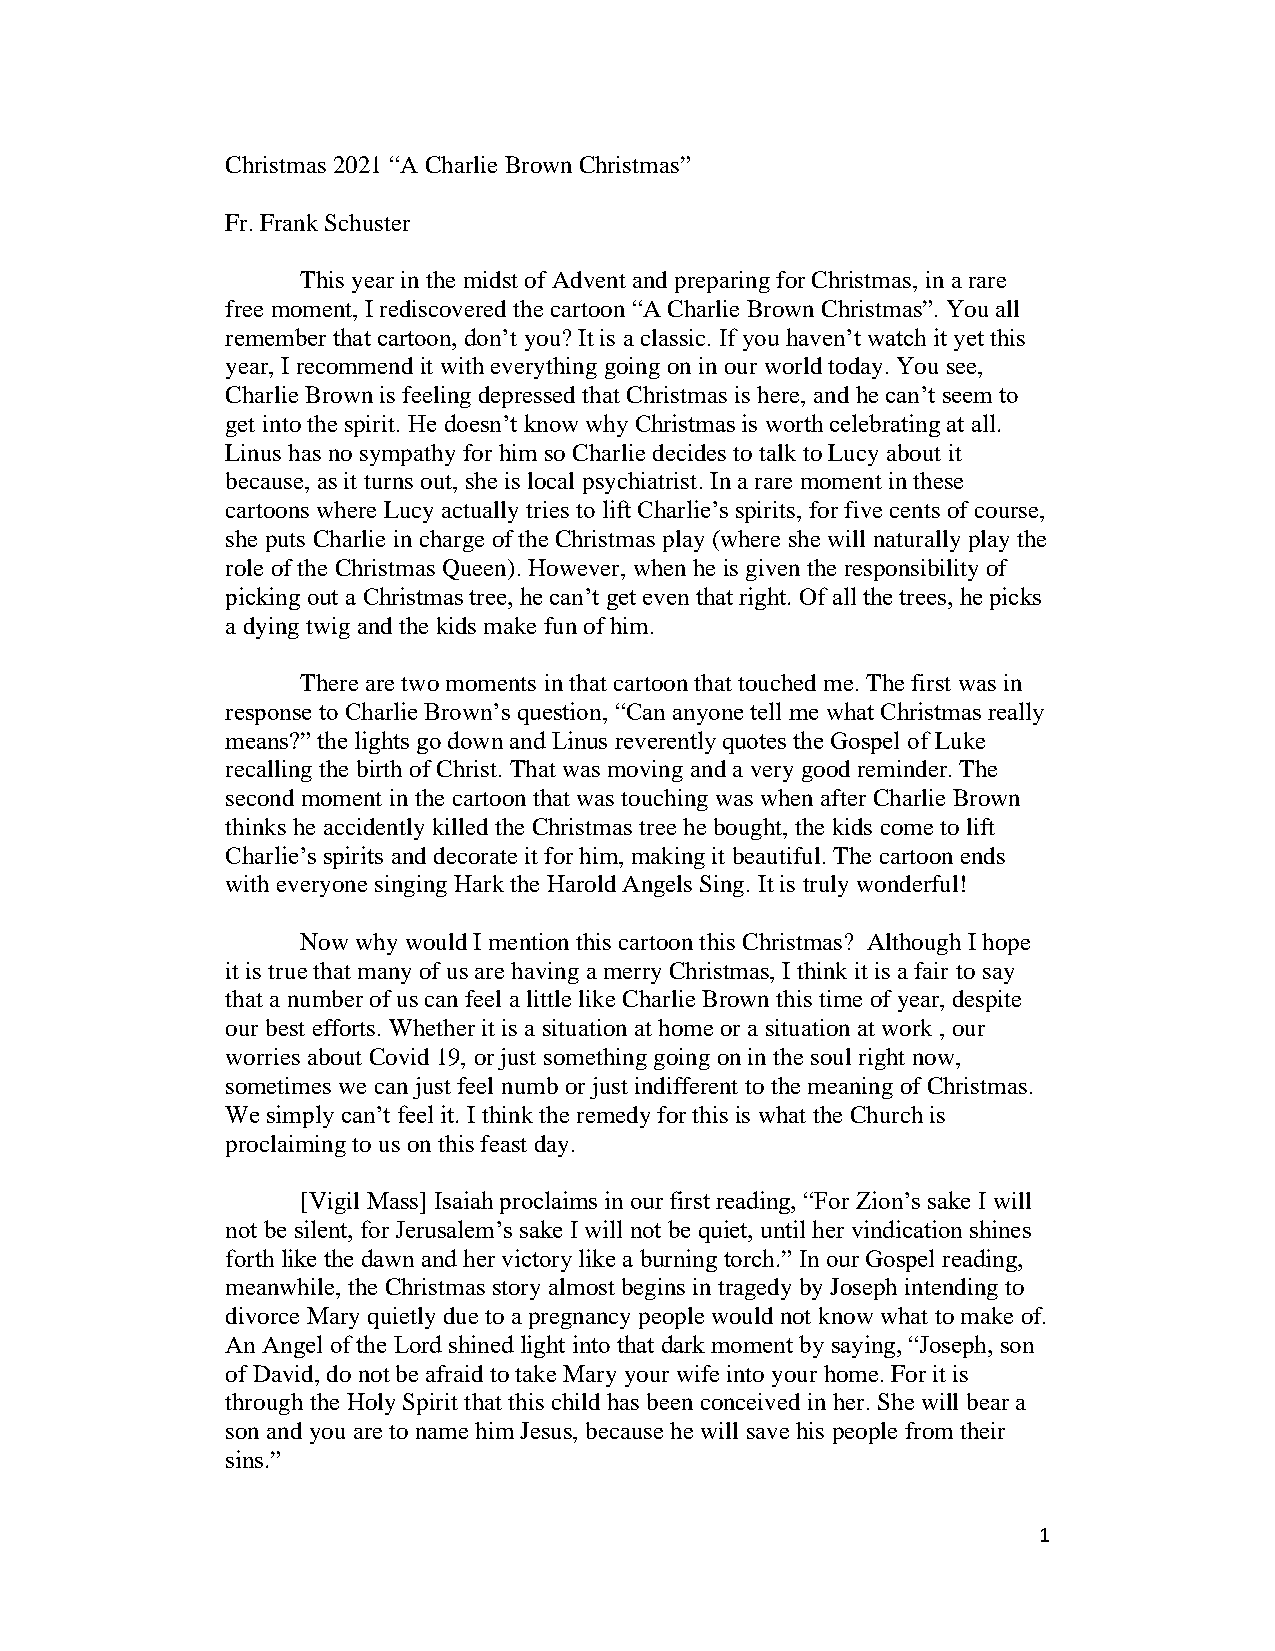
Christmas 2021 “A Charlie Brown Christmas”
 Fr. Frank Schuster
 This year in the midst of Advent and preparing for Christmas, in a rare
 free moment, I rediscovered the cartoon “A Charlie Brown Christmas”. You all
 remember that cartoon, don’t you? It is a classic. If you haven’t watch it yet this
 year, I recommend it with everything going on in our world today. You see,
 Charlie Brown is feeling depressed that Christmas is here, and he can’t seem to
 get into the spirit. He doesn’t know why Christmas is worth celebrating at all.
 Linus has no sympathy for him so Charlie decides to talk to Lucy about it
 because, as it turns out, she is local psychiatrist. In a rare moment in these
 cartoons where Lucy actually tries to lift Charlie’s spirits, for five cents of course,
 she puts Charlie in charge of the Christmas play (where she will naturally play the
 role of the Christmas Queen). However, when he is given the responsibility of
 picking out a Christmas tree, he can’t get even that right. Of all the trees, he picks
 a dying twig and the kids make fun of him.
 There are two moments in that cartoon that touched me. The first was in
 response to Charlie Brown’s question, “Can anyone tell me what Christmas really
 means?” the lights go down and Linus reverently quotes the Gospel of Luke
 recalling the birth of Christ. That was moving and a very good reminder. The
 second moment in the cartoon that was touching was when after Charlie Brown
 thinks he accidently killed the Christmas tree he bought, the kids come to lift
 Charlie’s spirits and decorate it for him, making it beautiful. The cartoon ends
 with everyone singing Hark the Harold Angels Sing. It is truly wonderful!
 Now why would I mention this cartoon this Christmas? Although I hope
 it is true that many of us are having a merry Christmas, I think it is a fair to say
 that a number of us can feel a little like Charlie Brown this time of year, despite
 our best efforts. Whether it is a situation at home or a situation at work , our
 worries about Covid 19, or just something going on in the soul right now,
 sometimes we can just feel numb or just indifferent to the meaning of Christmas.
 We simply can’t feel it. I think the remedy for this is what the Church is
 proclaiming to us on this feast day.
 [Vigil Mass] Isaiah proclaims in our first reading, “For Zion’s sake I will
 not be silent, for Jerusalem’s sake I will not be quiet, until her vindication shines
 forth like the dawn and her victory like a burning torch.” In our Gospel reading,
 meanwhile, the Christmas story almost begins in tragedy by Joseph intending to
 divorce Mary quietly due to a pregnancy people would not know what to make of.
 An Angel of the Lord shined light into that dark moment by saying, “Joseph, son
 of David, do not be afraid to take Mary your wife into your home. For it is
 through the Holy Spirit that this child has been conceived in her. She will bear a
 son and you are to name him Jesus, because he will save his people from their
 sins.”
 1